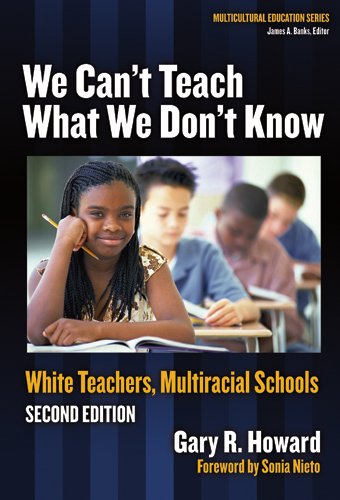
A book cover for We Can't Teach What We Don't Know: White Teachers, Multiracial Schools (Multicultural Education Series); Gary R. Howard; History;